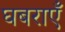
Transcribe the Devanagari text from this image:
घबराएँ